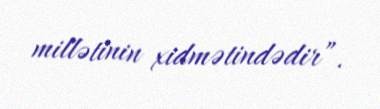
millətinin xidmətindədir”.